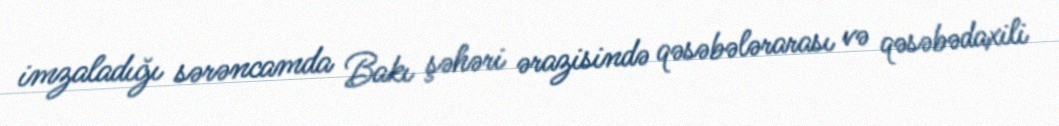
imzaladığı sərəncamda Bakı şəhəri ərazisində qəsəbələrarası və qəsəbədaxili